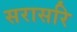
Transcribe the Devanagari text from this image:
सरासरि